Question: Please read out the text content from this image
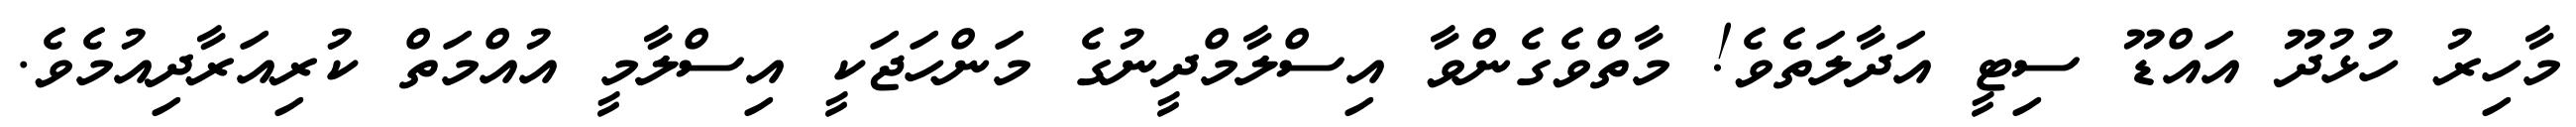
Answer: މާހިރު ހުޅުދޫ އައްޑޫ ސިޓީ އަދާލަތެވެ! މާތްވެގެންވާ އިސްލާމްދީނުގެ މަންހަޖަކީ އިސްލާމީ އުއްމަތް ކުރިއަރާދިއުމެވެ.